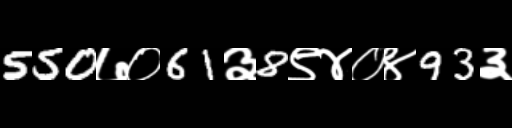
Text: 550७०61३8९४०४93३